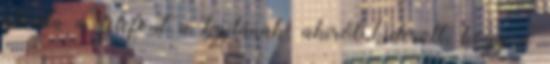
átadta a telefont a kajlának, akiről kiderült, hogy a